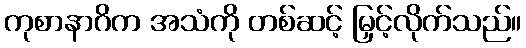
ကုစာနာဂိက အသံကို တစ်ဆင့် မြှင့်လိုက်သည်။